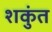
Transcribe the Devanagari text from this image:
शकुंत